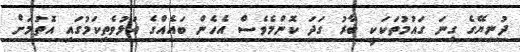
ދުނިޔޭގެ ގިނަ ގައުމުތަކަކީ ބާރު ގަދަ ކޮންމެވެސް އެހެން ބައެއްގެ އަޅުވެތިކަމުގައި އޮތުމަށް